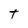
Character: t